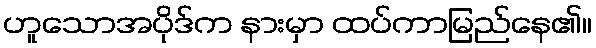
ဟူသောအပိုဒ်က နားမှာ ထပ်ကာမြည်နေ၏။